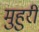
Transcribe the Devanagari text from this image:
मुहुरी